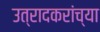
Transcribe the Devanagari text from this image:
उत्रादकरांच्या